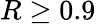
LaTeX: R\geq 0.9